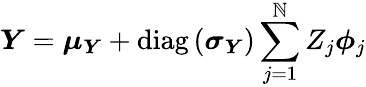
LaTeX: \boldsymbol{Y}=\boldsymbol{\mu}_{\boldsymbol{Y}}+\operatorname{diag}\left(\boldsymbol{\sigma}_{\boldsymbol{Y}}\right)\sum_{j=1}^{\mathbb{N}}Z_{j}\boldsymbol{\phi}_{j}